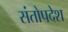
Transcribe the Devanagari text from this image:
संतोपदेश